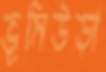
ভূমিউড়া